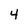
Character: 4